Civil Veterinary Department. Central Provinces & Berar 1932-41 - 1932-1941
Year: 1932
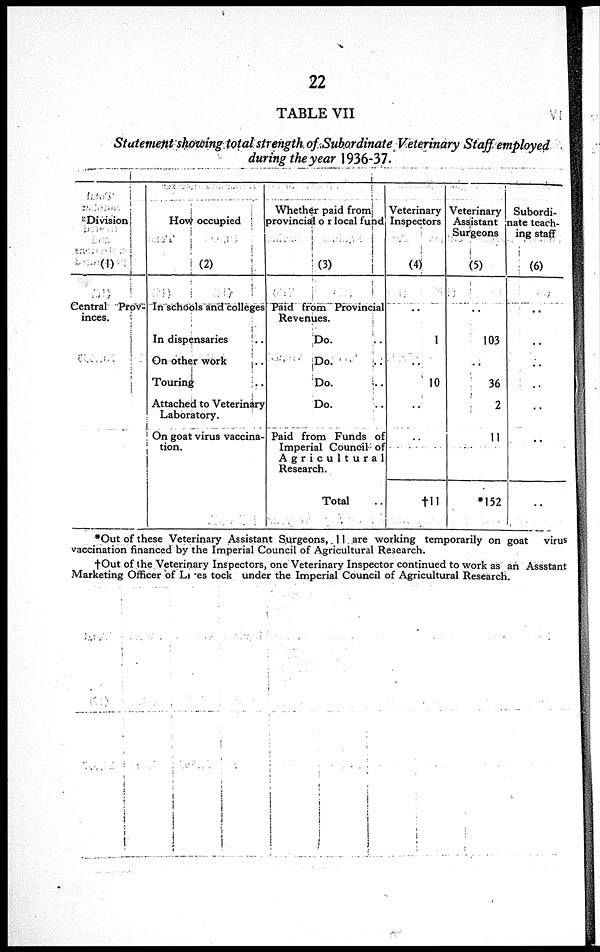
22
TABLE VII
Statement showing total strength of Subordinate Veterinary Staff employed
during the year 1936-37.
Division
(1)
Central Prov-
inces.
How occupied
(2)
In schools and colleges
In dispensaries ..
On other work ..
Touring ..
Attached to Veterinary
Laboratory.
On goat virus vaccina-
tion.
Whether paid from
provincial or local fund
(3)
Paid from Provincial
Revenues.
Do. ..
Do. ..
Do. ..
Do. ..
Paid from Funds of
Imperial Council of
Agricultural
Research.
Total
..
Veterinary
Inspectors
(4)
..
1
..
10
..
..
†11
Veterinary
Assistant
Surgeons
(5)
..
103
..
36
2
11
*152
Subordi-
nate teach-
ing staff
(6)
..
..
..
..
..
..
..
*Out of these Veterinary Assistant Surgeons, 11 are working temporarily on goat
virus
vaccination financed by the Imperial Council of Agricultural Research.
†Out of the Veterinary Inspectors, one Veterinary Inspector continued to work as an Assstant
Marketing Officer of Ltres tock under the Imperial Council of Agricultural Research.